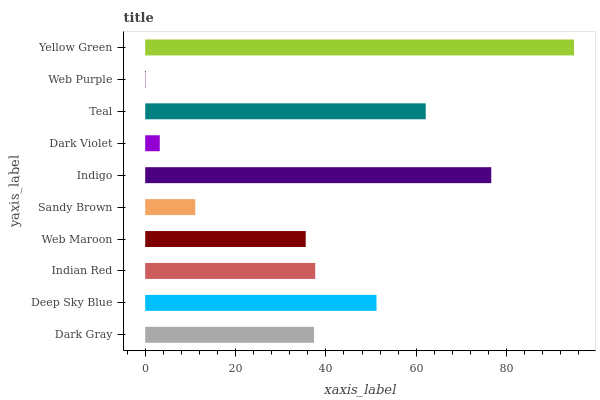
| yaxis_label | bars |
 | --- | --- |
 | Dark Gray | 37.4 |
 | Deep Sky Blue | 51.2 |
 | Indian Red | 37.6 |
 | Web Maroon | 35.5 |
 | Sandy Brown | 11.1 |
 | Indigo | 76.6 |
 | Dark Violet | 3.23 |
 | Teal | 62.1 |
 | Web Purple | 0.074 |
 | Yellow Green | 94.9 |